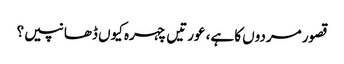
قصور مردوں کا ہے، عورتیں چہرہ کیوں ڈھانپیں؟